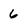
Character: 6